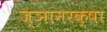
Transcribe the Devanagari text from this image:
ज्ञानरक्षा